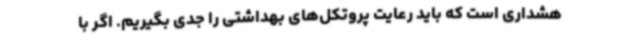
هشداری است که باید رعایت پروتکل‌های بهداشتی را جدی بگیریم. اگر با